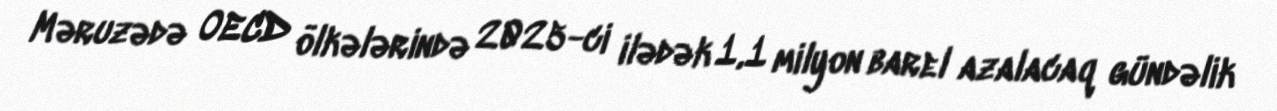
Məruzədə OECD ölkələrində 2025-ci ilədək 1,1 milyon barel azalacaq gündəlik